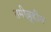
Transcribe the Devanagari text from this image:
तमीज़ुद्दीन